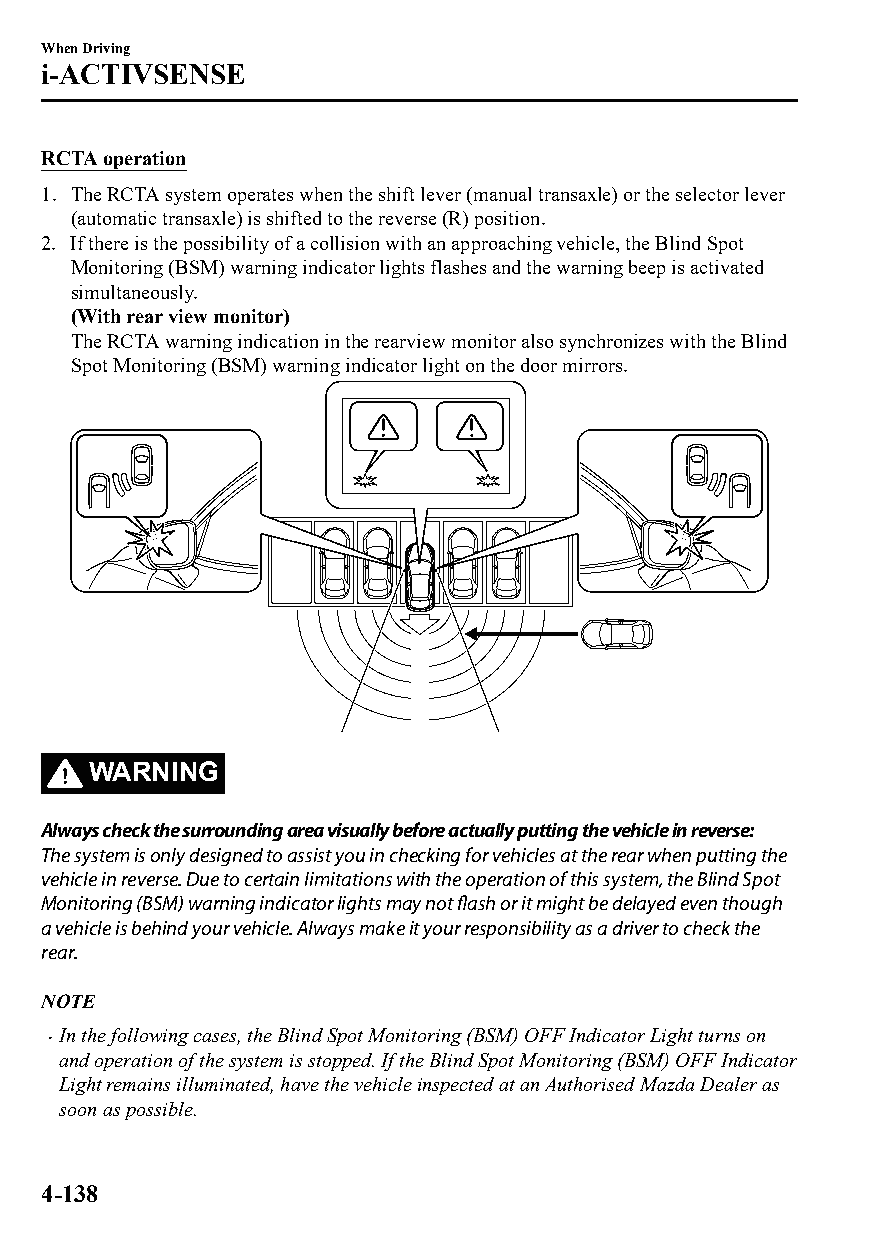
When Driving
 i-ACTIVSENSE
 RCTA operation
 1. The RCTA system operates when the shift lever (manual transaxle) or the selector lever
 (automatic transaxle) is shifted to the reverse (R) position.
 2. If there is the possibility of a collision with an approaching vehicle, the Blind Spot
 Monitoring (BSM) warning indicator lights flashes and the warning beep is activated
 simultaneously.
 (With rear view monitor)
 The RCTA warning indication in the rearview monitor also synchronizes with the Blind
 Spot Monitoring (BSM) warning indicator light on the door mirrors.
 WARNING
 Always check the surrounding area visually before actually putting the vehicle in reverse:
 The system is only designed to assist you in checking for vehicles at the rear when putting the
 vehicle in reverse. Due to certain limitations with the operation of this system, the Blind Spot
 Monitoring (BSM) warning indicator lights may not flash or it might be delayed even though
 a vehicle is behind your vehicle. Always make it your responsibility as a driver to check the
 rear.
 NOTE
 In the following cases, the Blind Spot Monitoring (BSM) OFF Indicator Light turns on
 
 and operation of the system is stopped. If the Blind Spot Monitoring (BSM) OFF Indicator
 Light remains illuminated, have the vehicle inspected at an Authorised Mazda Dealer as
 soon as possible.
 4-138
 CX-3_8GT4-EE-18D_Edition4                  2018-9-6 18:32:19